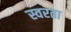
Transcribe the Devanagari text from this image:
स्वरता